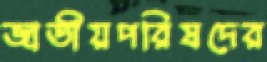
জাতীয়পরিষদের